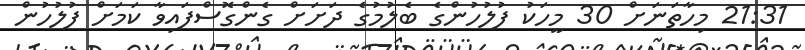
21:31 މިހާތަނަށް 30 މީހަކު ފުލުހުންގެ ބެލުމުގެ ދަށަށް ގެންގޮސްފައިވާ ކަމަށް ފުލުހުން